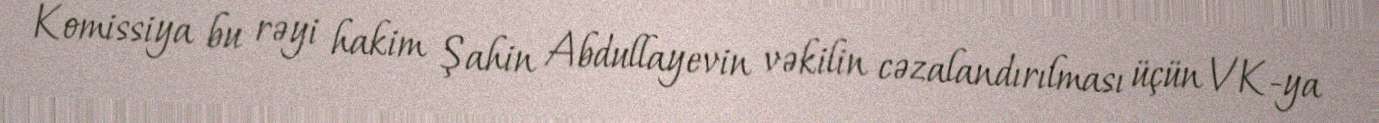
Komissiya bu rəyi hakim Şahin Abdullayevin vəkilin cəzalandırılması üçün VK-ya